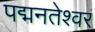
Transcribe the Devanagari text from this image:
पद्मनतेश्वर